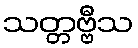
သတ္တဗ္ဗီသ